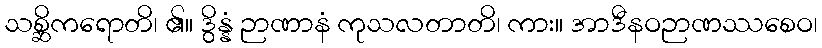
သစ္ဆိကရောတိ၊ ၏။ ဒွိန္နံ ဉာဏာနံ ကုသလတာတိ၊ ကား။ အာဒီနဝဉာဏဿစေဝ၊